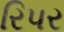
રિપર